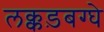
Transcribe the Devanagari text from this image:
लक्कड़बग्घे